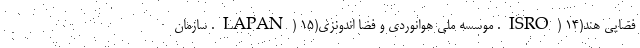
فضایی هند(ISRO) ۱۴. موسسه ملی هوانوردی و فضا اندونزی(LAPAN) ۱۵. سازمان